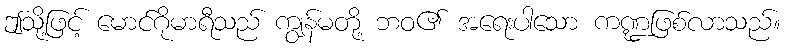
ဤသို့ဖြင့် မောင်ဂိုမာရီသည် ကျွန်မတို့ ဘဝ၏ အရေးပါသော ကဏ္ဍဖြစ်လာသည်။